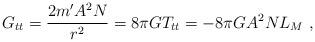
LaTeX: \begin{align*}G_{tt}=\frac{2m'A^2N}{r^2}=8\pi G T_{tt}=-8\pi GA^2NL_M\ , \end{align*}